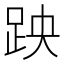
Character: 𫏅